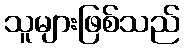
သူများဖြစ်သည်